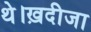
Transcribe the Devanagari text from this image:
थे।ख़दीजा